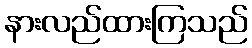
နားလည်ထားကြသည်